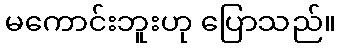
မကောင်းဘူးဟု ပြောသည်။